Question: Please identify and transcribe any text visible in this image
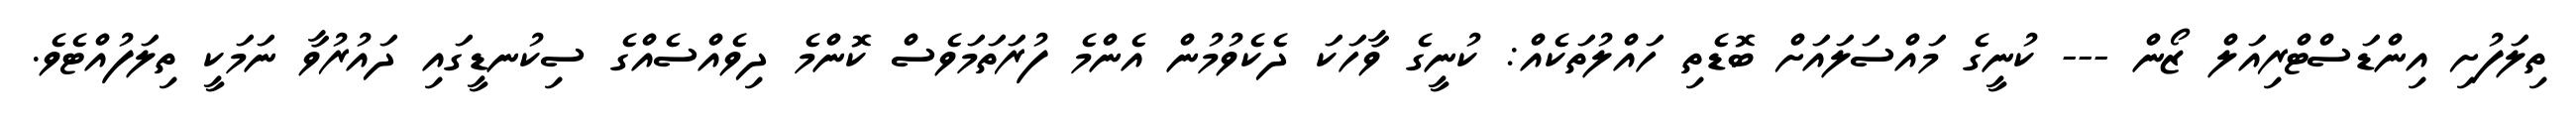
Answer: ތިލަފުށި އިންޑަސްޓްރިއަލް ޒޯން --- ކުނީގެ މައްސަލައަށް ބޮޑެތި ހައްލުތަކެއް: ކުނީގެ ވާހަކަ ދެކެވުމުން އެންމެ ފުރަތަމަވެސް ކޮންމެ ދިވެއްސެއްގެ ސިކުނޑީގައި ދައުރުވާ ނަމަކީ ތިލަފުއްޓެވެ.